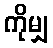
ကိုမျှ